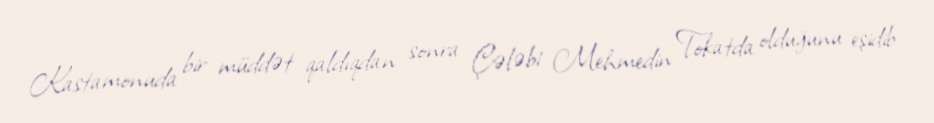
Kastamonuda bir müddət qaldıqdan sonra Çələbi Mehmedin Tokatda olduğunu eşidib